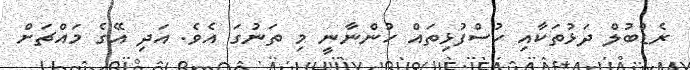
ރެޑްބުލް ދަޅުތަކާއި ހުސްފުޅިތައް ހުންނާނީ މި ތަނުގަ އެވެ. އަދި އޭގެ މައްޗަށް